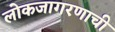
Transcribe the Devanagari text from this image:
लोकजागरणाची